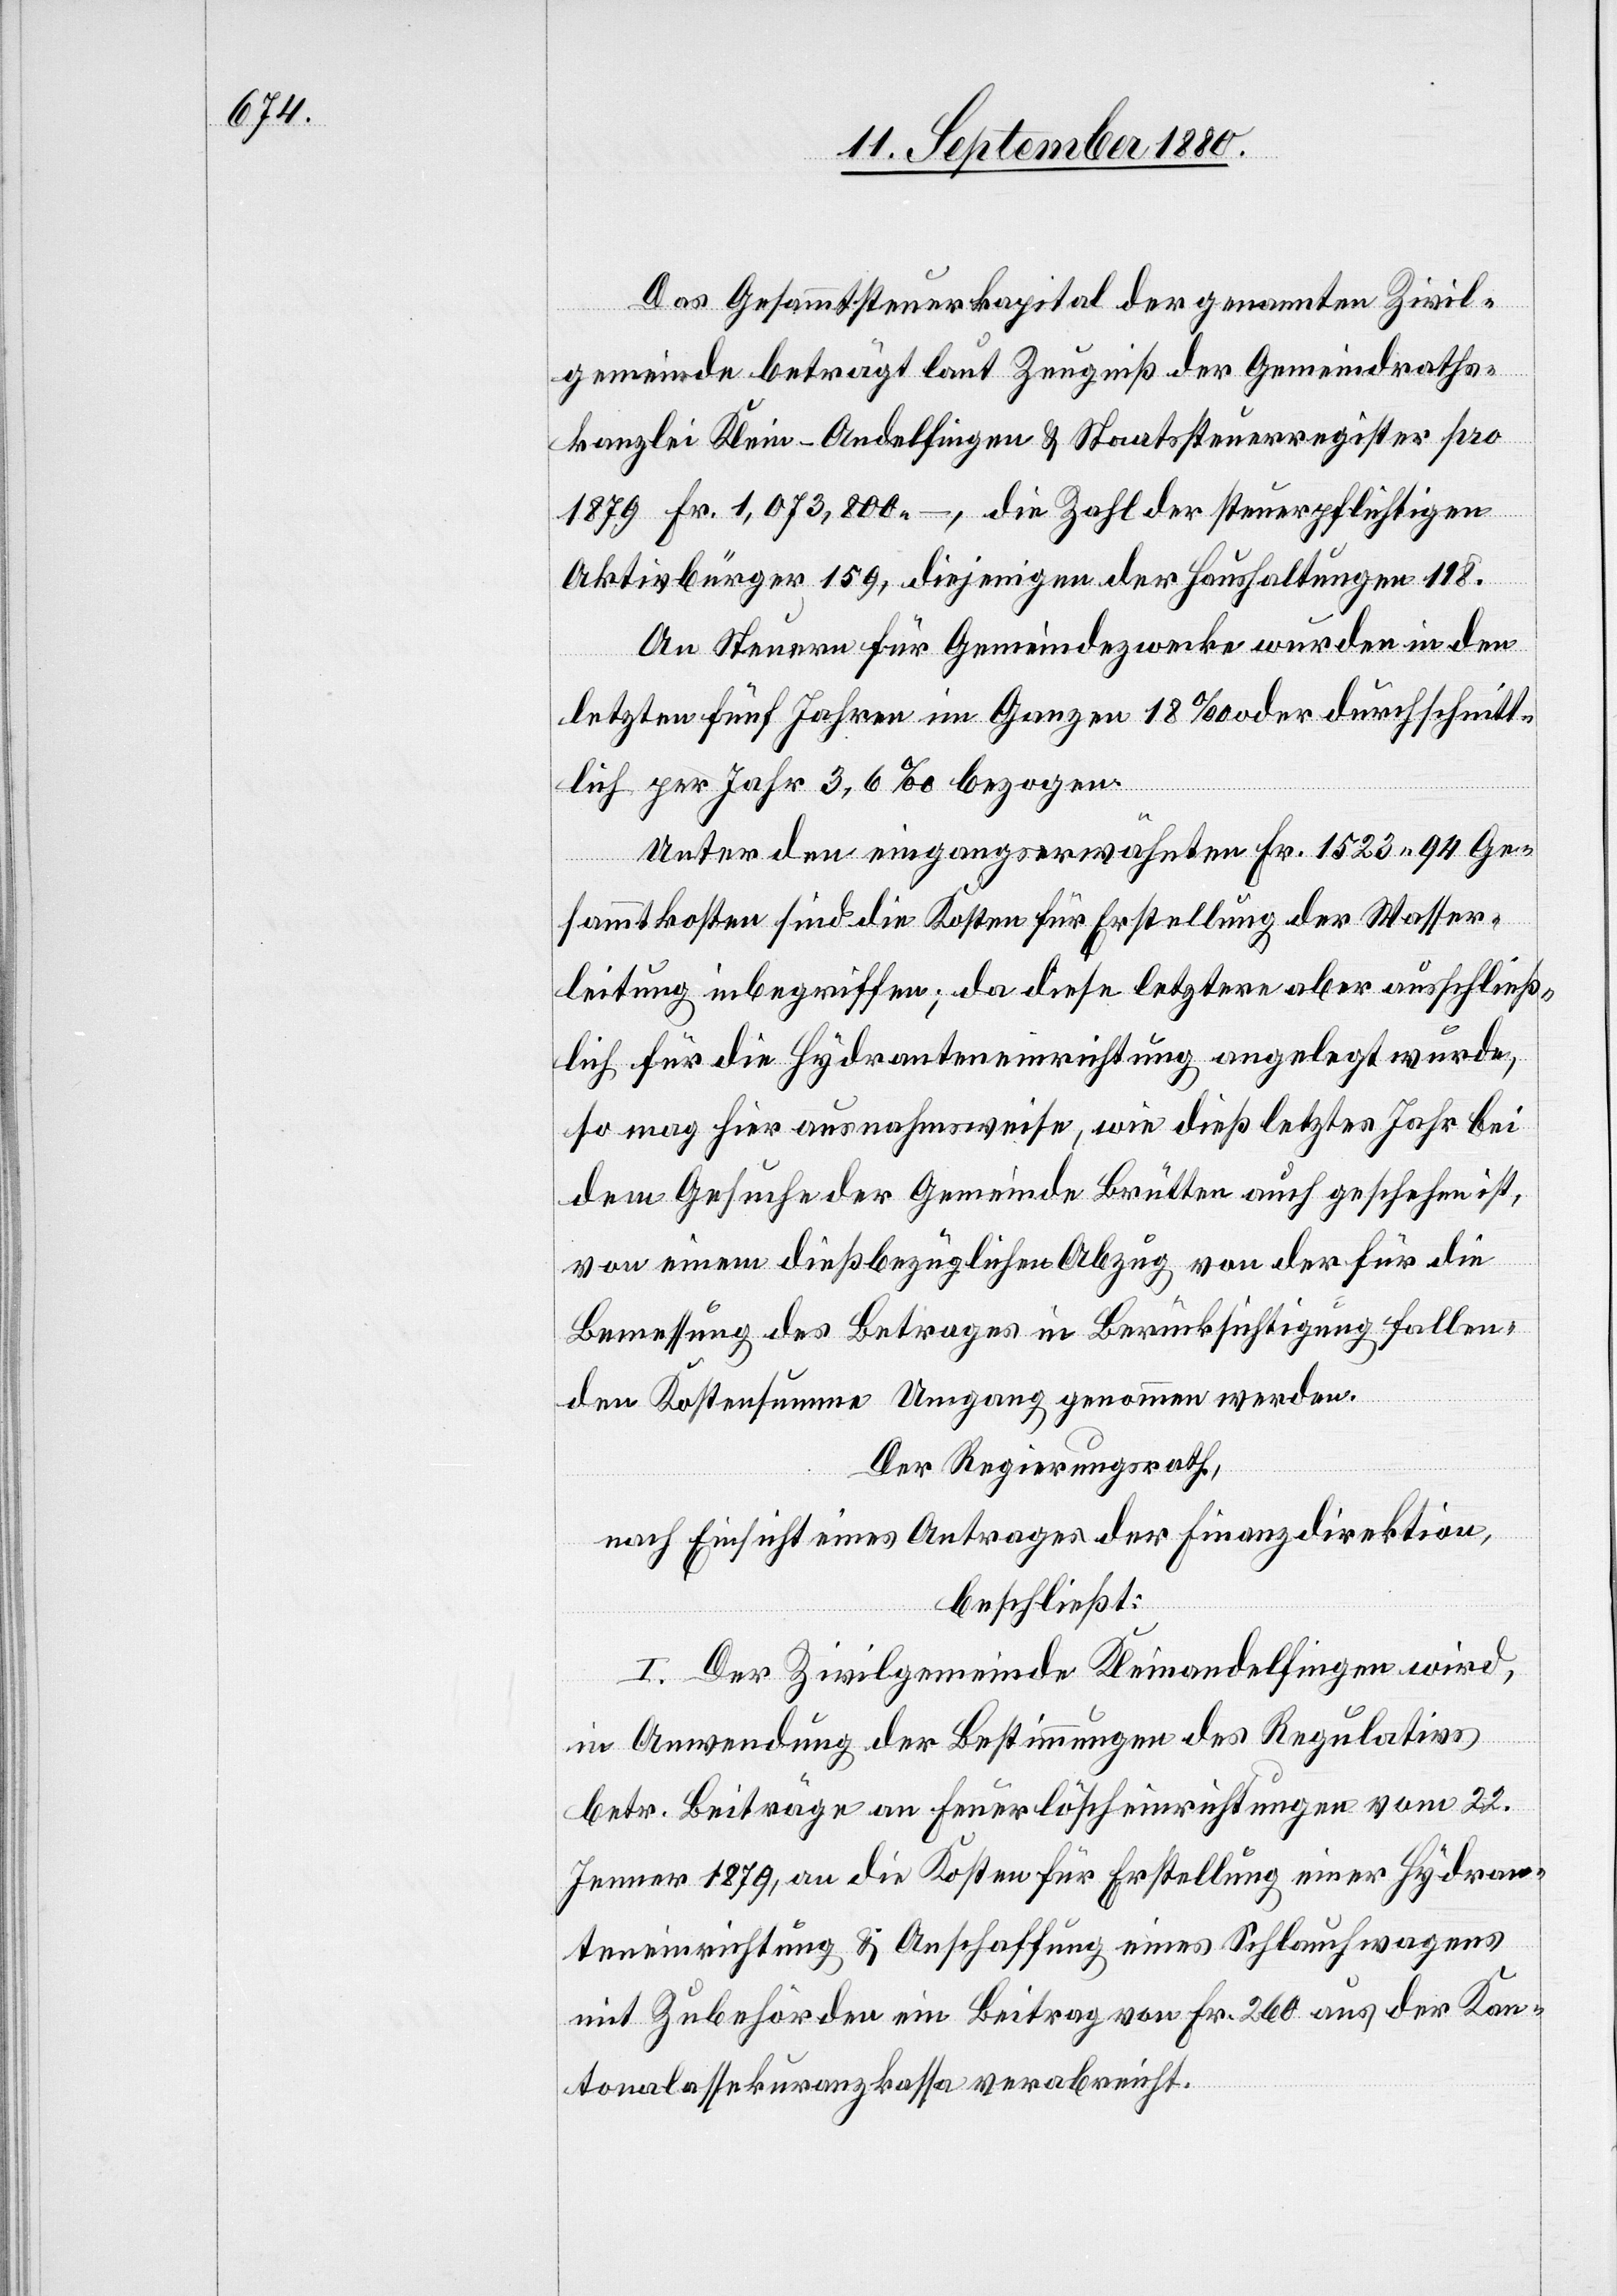
Das Gesammtsteuerkapital der genannten Zivil¬
gemeinde beträgt laut Zeugniß der Gemeindraths¬
kanzlei Klein-Andelfingen & Staatssteuerregister pro
1879 Fr. 1,073,800.–, die Zahl der steuerpflichtigen
Aktivbürger 159, diejenigen der Haushaltungen 198.
An Steuern für Gemeindezwecke wurden in den
letzten fünf Jahren im Ganzen 18‰ oder durchschnitt¬
lich per Jahr 3,6‰ bezogen.
Unter den eingangserwähnten Fr. 1523 94 Ge¬
sammtkosten sind die Kosten für Erstellung der Wasser¬
leitung inbegriffen; da diese letztere aber ausschließ¬
lich für die Hydranteneinrichtung angelegt wurde,
so mag hier ausnahmsweise, wie dieß letztes Jahr bei
dem Gesuche der Gemeinde Brütten auch geschehen ist,
von einem dießbezüglichen Abzug von der für die
Bemessung des Betrages in Berücksichtigung fallen¬
den Kostensumme Umgang genommen werden.
Der Regierungsrath,
nach Einsicht eines Antrages der Finanzdirektion,
beschließt:
I. Der Zivilgemeinde Kleinandelfingen wird,
in Anwendung der Bestimmungen des Regulativs
betr. Beiträge an Feuerlöscheinrichtungen vom 22.
Jenner 1879, an die Kosten für Erstellung einer Hydran¬
teneinrichtung & Anschaffung eines Schlauchwagens
mit Zubehörden ein Beitrag von Fr. 260 aus der Kan¬
tonalassekuranzkassa verabreicht.